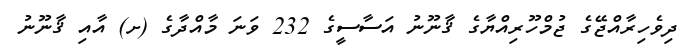
ދިވެހިރާއްޖޭގެ ޖުމްހޫރިއްޔާގެ ޤާނޫނު އަސާސީގެ 232 ވަނަ މާއްދާގެ (ށ) އާއި ޤާނޫނު